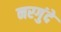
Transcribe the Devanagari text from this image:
नरगुंदे